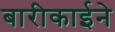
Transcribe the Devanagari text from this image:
बारीकाईने